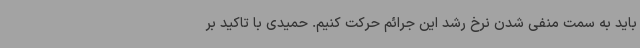
باید به سمت منفی شدن نرخ رشد این جرائم حرکت کنیم. حمیدی با تاکید بر